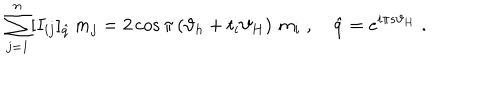
LaTeX: \sum _ { j = 1 } ^ { n } [ I _ { i j } ] _ { \hat { q } } \, m _ { j } = 2 \cos \pi \left( \vartheta _ { h } + t _ { i } \vartheta _ { H } \right) \, m _ { i } \; , \quad \hat { q } = e ^ { i \pi s \vartheta _ { H } } \; .